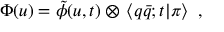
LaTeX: \Phi ( u ) = \tilde { \phi } ( u , t ) \otimes \, \left< q \bar { q } ; t | \pi \right> \, \, ,